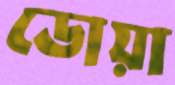
ডোয়া